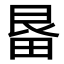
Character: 𭻓